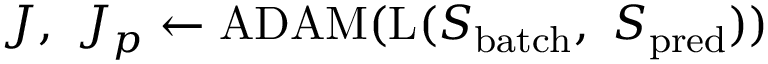
J , \ J _ { p } \gets \mathrm { A D A M } ( \mathrm { L } ( S _ { \mathrm { b a t c h } } , \ S _ { \mathrm { p r e d } } ) )